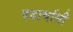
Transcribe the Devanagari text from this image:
पदार्थाशी